Report on the working of the Ranchi Indian Mental Hospital, Kanke, in Bihar and Orissa - 1930-1940
Year: 1930
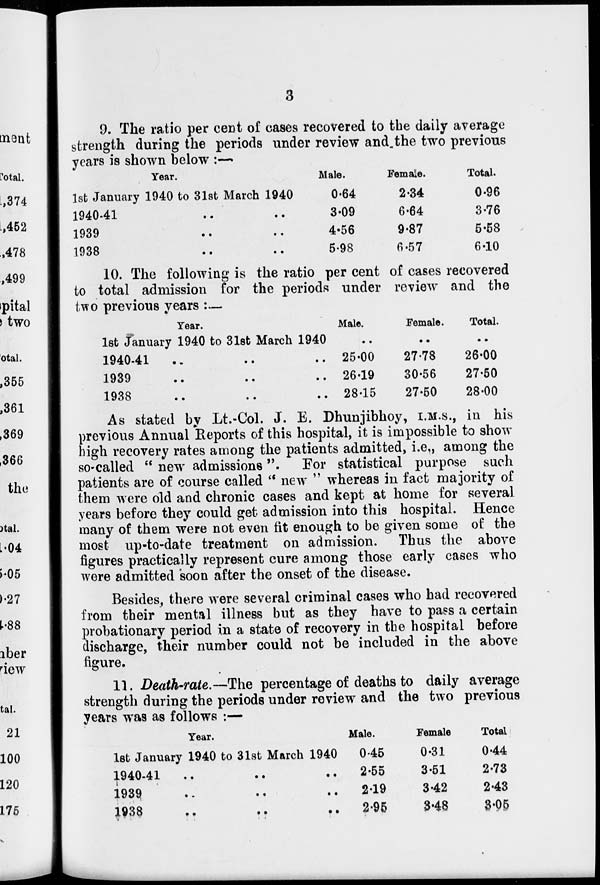
3
9. The ratio per cent of cases recovered to the daily average
strength during the periods under review and the two previous
years is shown below :—
Year.
1st January 1940 to 31st March 1940
1940-41 .. ..
1939
..
..
1938 .. ..
Male.
0.64
3.09
4.56
5.98
Female.
2.34
6.64
9.87
6.57
Total.
0.96
3.76
5.58
6.10
10. The following is the ratio per cent of cases recovered
to total admission for the periods under review and the
two previous years :—
Year.
1st January 1940 to 31st March 1940
1940-41 .. .. ..
1939 .. .. ..
1938 .. .. ..
Male.
..
25.00
26.19
28.15
Female.
..
27.78
30.56
27.50
Total.
..
26.00
27.50
28.00
As stated by Lt.-Col. J. E. Dhunjibhoy, I.M.S., in his
previous Annual Reports of this hospital, it is impossible to show
high recovery rates among the patients admitted, i.e., among the
so-called " new admissions". For statistical purpose such
patients are of course called " new " whereas in fact majority of
them were old and chronic cases and kept at home for several
years before they could get admission into this hospital. Hence
many of them were not even fit enough to be given some of the
most up-to-date treatment on admission. Thus the above
figures practically represent cure among those early cases who
were admitted soon after the onset of the disease.
Besides, there were several criminal cases who had recovered
from their mental illness but as they have to pass a certain
probationary period in a state of recovery in the hospital before
discharge, their number could not be included in the above
figure.
11. Death-rate.-The percentage of deaths to daily average
strength during the periods under review and the two previous
years was as follows :—
Year.
let January 1940 to 31st March 1940
1940-41 .. .. ..
1939 .. .. ..
1938 .. .. ..
Male.
0.45
2.55
2.19
2.95
Female
0.31
3.51
3.42
3.48
Total
0.44
2.73
2.43
3.05